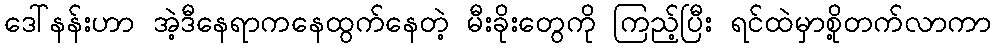
ဒေါ်နန်းဟာ အဲ့ဒီနေရာကနေထွက်နေတဲ့ မီးခိုးတွေကို ကြည့်ပြီး ရင်ထဲမှာစို့တက်လာကာ